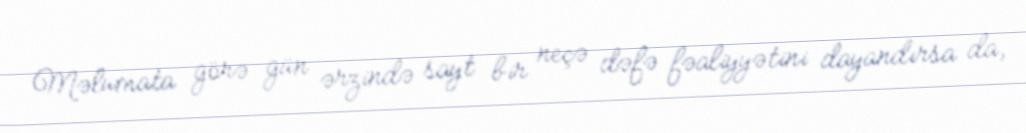
Məlumata görə gün ərzində sayt bir neçə dəfə fəaliyyətini dayandırsa da,